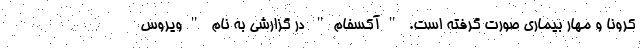
کرونا و مهار بیماری صورت گرفته است. "آکسفام" در گزارشی به نام "ویروس